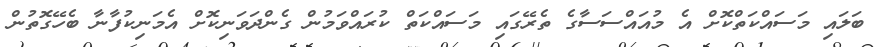
ބަލައި މަސައްކަތްކޮށް އެ މުއައްސަސާގެ ތެރޭގައި މަސައްކަތް ކުރައްވަމުން ގެންދަވަނިކޮށް އެމަނިކުފާނާ ބެހޭގޮތުން